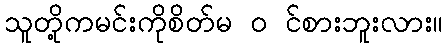
သူတို့ကမင်းကိုစိတ်မ ၀ င်စားဘူးလား။